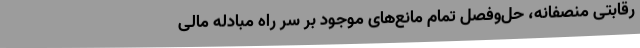
رقابتی منصفانه، حل‌وفصل تمام مانع‌های موجود بر سرِ راهِ مبادله مالی